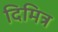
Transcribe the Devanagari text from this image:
दिमित्र